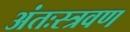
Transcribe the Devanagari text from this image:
अंतःस्त्रवण